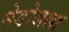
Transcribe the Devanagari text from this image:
मेडोजला